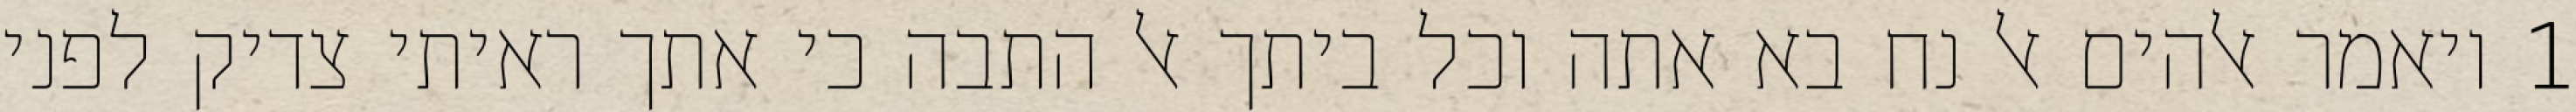
1 ויאמר אלהים אל נח בא אתה וכל ביתך אל התבה כי אתך ראיתי צדיק לפני